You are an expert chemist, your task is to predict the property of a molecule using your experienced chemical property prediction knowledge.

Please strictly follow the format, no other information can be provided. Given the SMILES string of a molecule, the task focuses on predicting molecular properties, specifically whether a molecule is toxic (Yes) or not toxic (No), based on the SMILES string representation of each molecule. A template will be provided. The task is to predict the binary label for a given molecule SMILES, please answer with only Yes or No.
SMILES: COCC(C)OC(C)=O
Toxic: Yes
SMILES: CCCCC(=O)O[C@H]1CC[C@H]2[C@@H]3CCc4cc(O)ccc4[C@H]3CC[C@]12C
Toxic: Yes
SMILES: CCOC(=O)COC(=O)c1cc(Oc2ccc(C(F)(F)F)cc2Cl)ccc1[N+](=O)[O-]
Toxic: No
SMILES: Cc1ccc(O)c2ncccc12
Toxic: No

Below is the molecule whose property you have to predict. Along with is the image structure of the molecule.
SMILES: CC(C)(C)NC(=O)[C@H]1CC[C@H]2[C@@H]3CC=C4C=C(C(=O)O)CC[C@]4(C)[C@H]3CC[C@]12C
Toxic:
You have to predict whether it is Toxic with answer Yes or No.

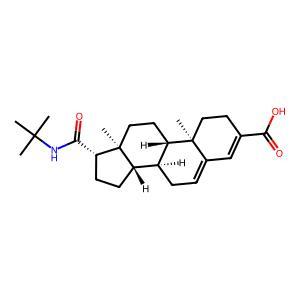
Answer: No